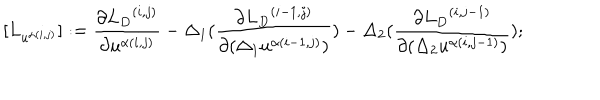
LaTeX: [ { L } _ { u ^ { \alpha ( i , j ) } } ] : = \frac { \partial { { L } _ { D } } ^ { ( i , j ) } } { \partial u ^ { \alpha ( i , j ) } } - \Delta _ { 1 } ( \frac { \partial { { L } _ { D } } ^ { ( i - 1 , j ) } } { \partial ( \Delta _ { 1 } u ^ { \alpha ( i - 1 , j ) } ) } ) - \Delta _ { 2 } ( \frac { \partial { { L } _ { D } } ^ { ( i , j - 1 ) } } { \partial ( \Delta _ { 2 } u ^ { \alpha ( i , j - 1 ) } ) } ) ;